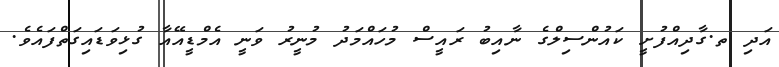
އަދި ތ.ގާދިއްފުށީ ކައުންސިލްގެ ނާއިބު ރައީސް މުހައްމަދު މުނީރު ވަނީ އެމްޑީއޭއާ ގުޅިވަޑައިގަތްފައެވެ.